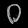
Digit: ၀